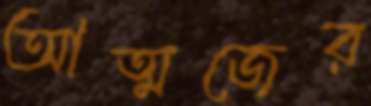
আত্মজের